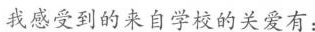
我感受到的来自学校的关爱有：